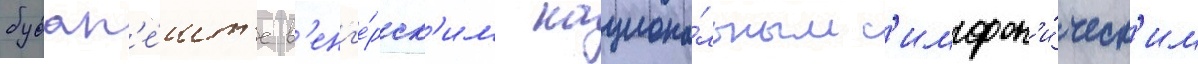
будап'е́шт'е в'енг'е́рск'им национа́льным с'имфон'и́ческ'им